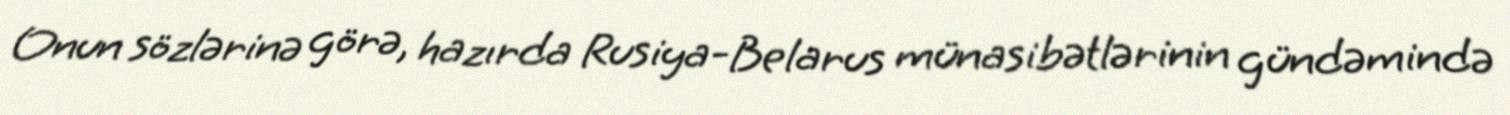
Onun sözlərinə görə, hazırda Rusiya-Belarus münasibətlərinin gündəmində